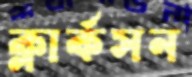
ক্লার্কসন